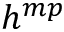
h ^ { m p }